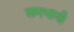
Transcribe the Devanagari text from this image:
समभावी